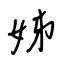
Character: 姊